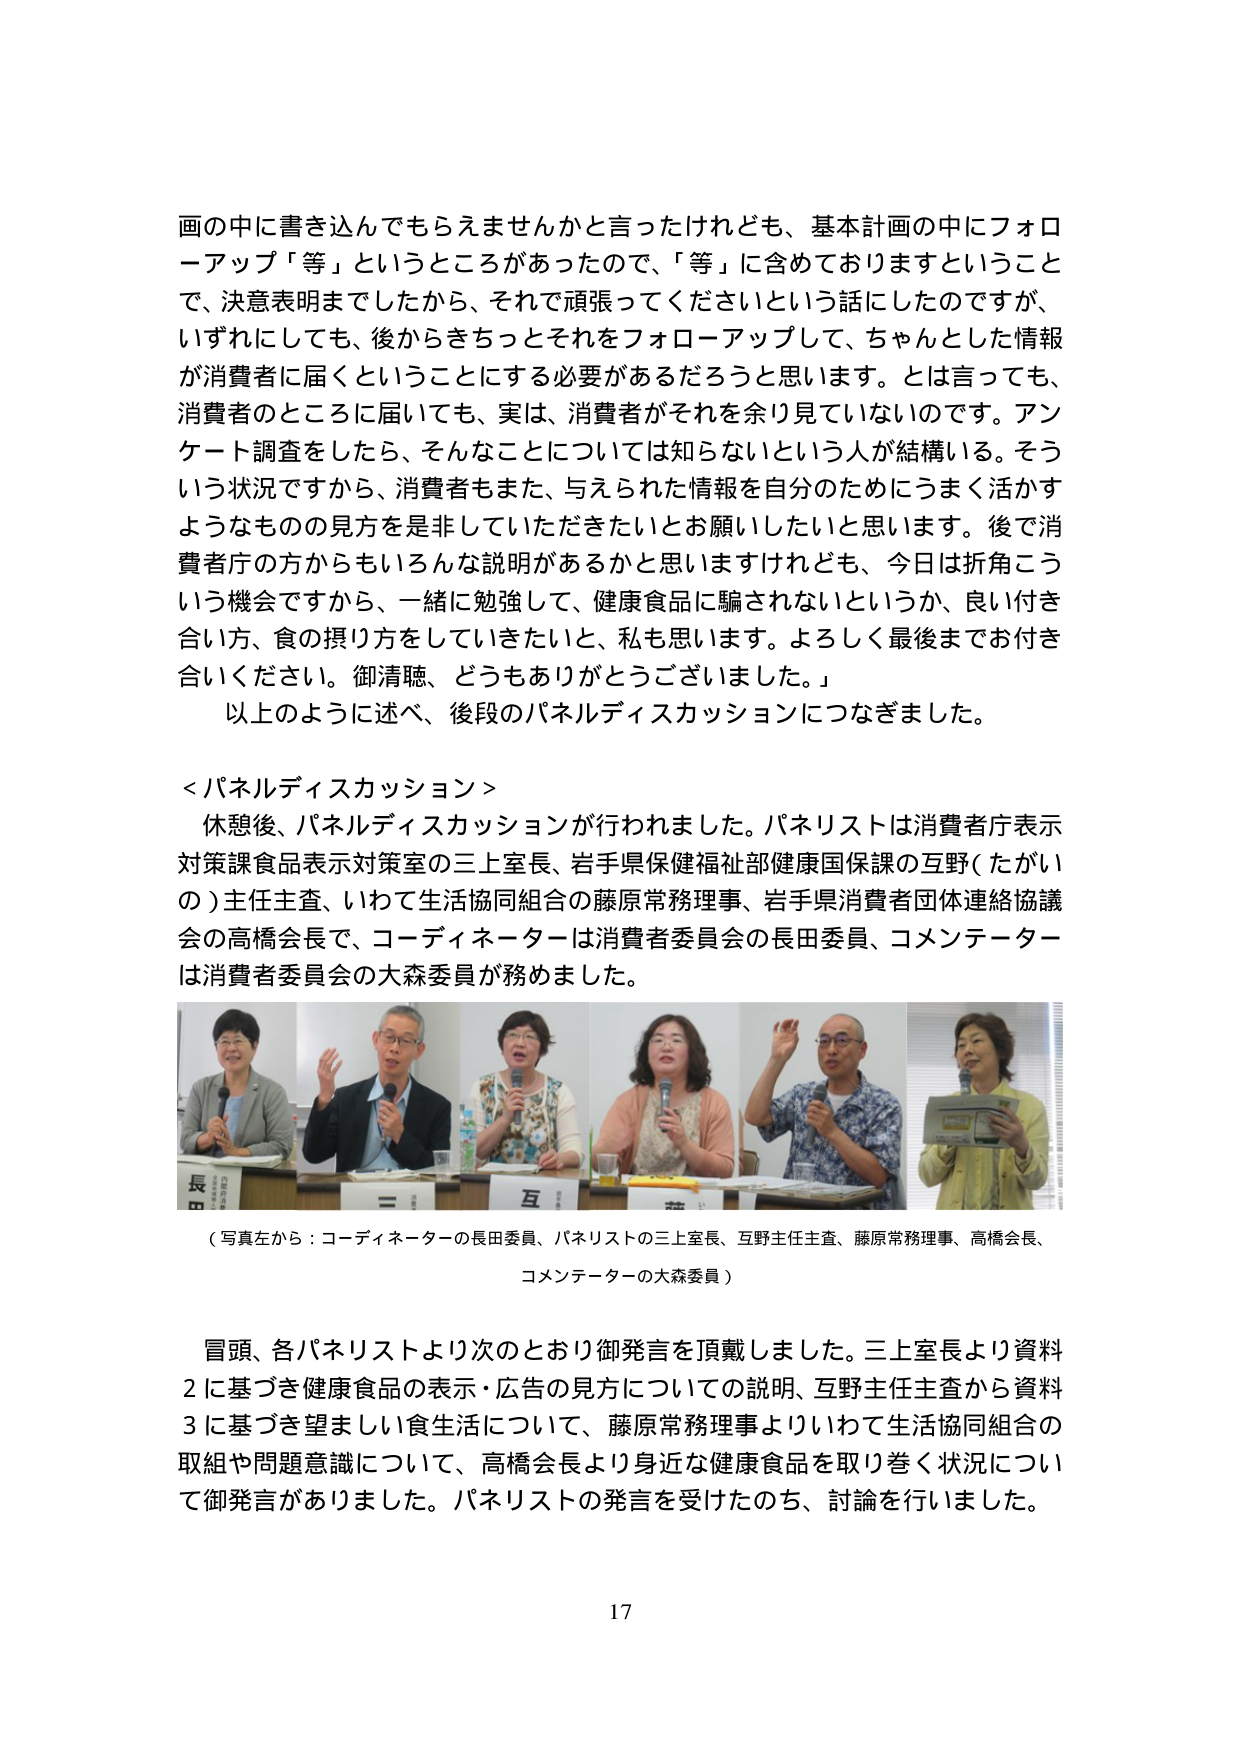
画の中に書き込んでもらえませんかと言ったけれども、基本計画の中にフォローアップ「等」というところがあったので、「等」に含めておりますということで、決意表明までしたから、それで頑張ってくださいという話にしたのですが、いずれにしても、後からきちっとそれをフォローアップして、ちゃんとした情報が消費者に届くということにする必要があるだろうと思います。とは言っても、消費者のところに届いても、実は、消費者がそれを余り見ていないのです。アンケート調査をしたら、そんなことについては知らないという人が結構いる。そういう状況ですから、消費者もまた、与えられた情報を自分のためにうまく活かすようなものの見方を是非していただきたいとお願いしたいと思います。後で消費者庁の方からもいろんな説明があるかと思いますけれども、今日は折角こういう機会ですから、一緒に勉強して、健康食品に騙されないというか、良い付き合い方、食の摂り方をしていきたいと、私も思います。よろしく最後までお付き合いください。御清聴、どうもありがとうございました。」

以上のように述べ、後段のパネルディスカッションにつなぎました。

＜パネルディスカッション＞
休憩後、パネルディスカッションが行われました。パネリストは消費者庁表示対策課食品表示対策室の三上室長、岩手県保健福祉部健康国保課の互野（たがいの）主任主査、いわて生活協同組合の藤原常務理事、岩手県消費者団体連絡協議会の高橋会長で、コーディネーターは消費者委員会の長田委員、コメンテーターは消費者委員会の大森委員が務めました。

（写真左から：コーディネーターの長田委員、パネリストの三上室長、互野主任主査、藤原常務理事、高橋会長、コメンテーターの大森委員）

冒頭、各パネリストより次のとおり御発言を頂戴しました。三上室長より資料2に基づき健康食品の表示・広告の見方についての説明、互野主任主査から資料3に基づき望ましい食生活について、藤原常務理事よりいわて生活協同組合の取組や問題意識について、高橋会長より身近な健康食品を取り巻く状況について御発言がありました。パネリストの発言を受けたのち、討論を行いました。

17